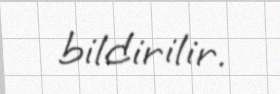
bildirilir.